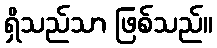
ရှိသည်သာ ဖြစ်သည်။